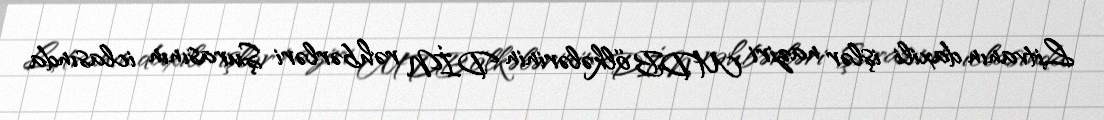
Litvanın daxili işlər naziri MDB ölkələrinin DİN rəhbərləri Şurasının iclasında